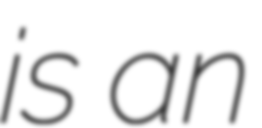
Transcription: is an